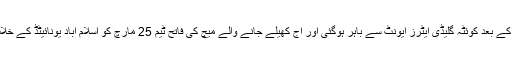
گزشتہ روز میچ میں شکست کے بعد کوئٹہ گلیڈی ایٹرز ایونٹ سے باہر ہوگئی اور آج کھیلے جانے والے میچ کی فاتح ٹیم 25 مارچ کو اسلام آباد یونائیٹڈ کے خلاف ایونٹ کا فائنل کھیلے گی۔